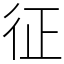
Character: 征